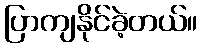
ပြာကျနိုင်ခဲ့တယ်။